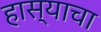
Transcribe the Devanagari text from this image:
हास्याचा